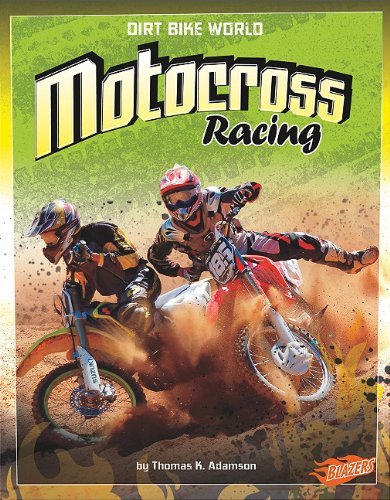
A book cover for Motocross Racing (Dirt Bike World); Thomas K. Adamson; Children's Books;